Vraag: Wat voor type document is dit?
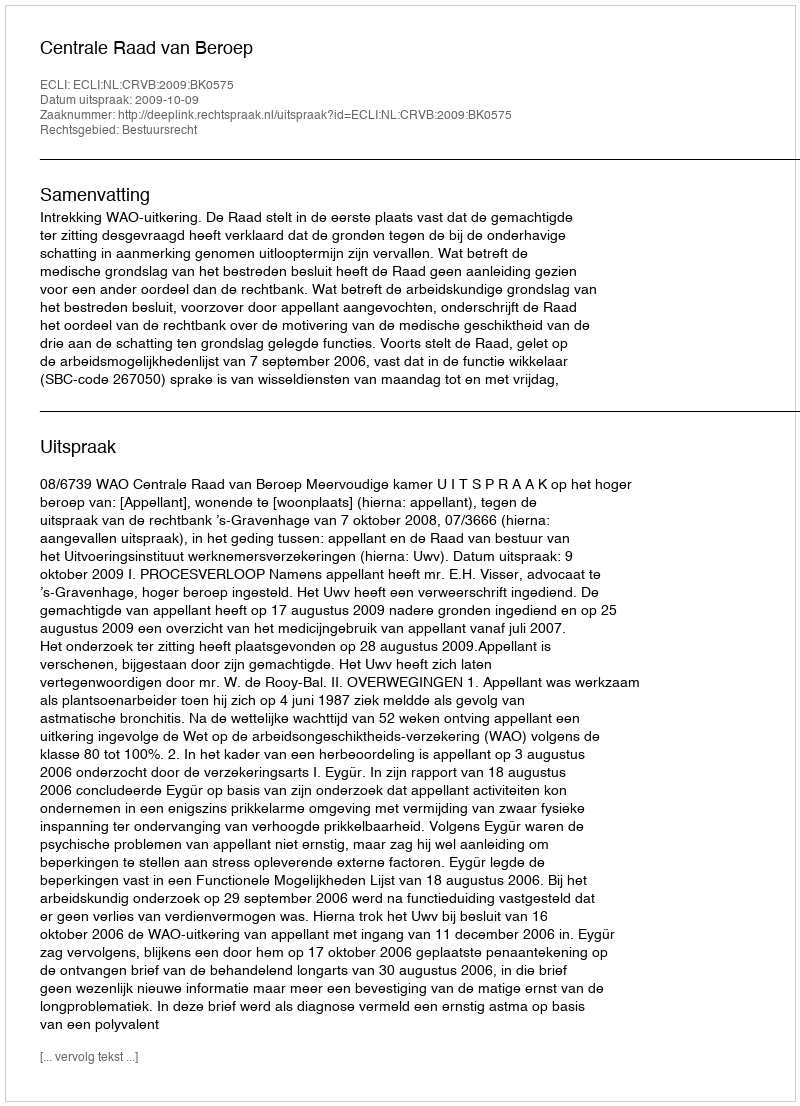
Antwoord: Uitspraak